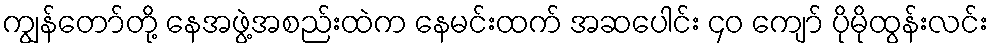
ကျွန်တော်တို့ နေအဖွဲ့အစည်းထဲက နေမင်းထက် အဆပေါင်း ၄၀ ကျော် ပိုမိုထွန်းလင်း